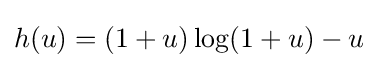
h(u)=(1+u)\log(1+u)-u